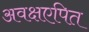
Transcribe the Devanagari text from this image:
अवक्षएपित